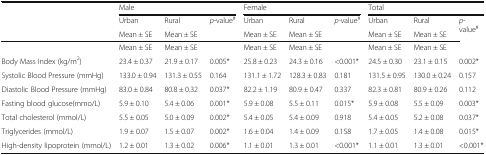
<table><thead><tr><td rowspan="3"></td><td colspan="3"><b>Male</b></td><td colspan="3"><b>Female</b></td><td colspan="3"><b>Total</b></td></tr><tr><td><b>Urban</b></td><td><b>Rural</b></td><td rowspan="2"><b><i>p</i>-value<sup>#</sup></b></td><td><b>Urban</b></td><td><b>Rural</b></td><td rowspan="2"><b><i>p</i>-value<sup>#</sup></b></td><td><b>Urban</b></td><td><b>Rural</b></td><td rowspan="2"><b><i>p</i>-value<sup>#</sup></b></td></tr><tr><td><b>Mean ± SE</b></td><td><b>Mean ± SE</b></td><td><b>Mean ± SE</b></td><td><b>Mean ± SE</b></td><td><b>Mean ± SE</b></td><td><b>Mean ± SE</b></td></tr></thead><tbody><tr><td></td><td>Mean ± SE</td><td>Mean ± SE</td><td></td><td>Mean ± SE</td><td>Mean ± SE</td><td></td><td>Mean ± SE</td><td>Mean ± SE</td><td></td></tr><tr><td>Body Mass Index (kg/m<sup>2</sup>)</td><td>23.4 ± 0.37</td><td>21.9 ± 0.17</td><td>0.005*</td><td>25.8 ± 0.23</td><td>24.3 ± 0.16</td><td>&lt;0.001*</td><td>24.5 ± 0.30</td><td>23.1 ± 0.15</td><td>0.002*</td></tr><tr><td>Systolic Blood Pressure (mmHg)</td><td>133.0 ± 0.94</td><td>131.3 ± 0.55</td><td>0.164</td><td>131.1 ± 1.72</td><td>128.3 ± 0.83</td><td>0.181</td><td>131.5 ± 0.95</td><td>130.0 ± 0.24</td><td>0.157</td></tr><tr><td>Diastolic Blood Pressure (mmHg)</td><td>83.0 ± 0.84</td><td>80.8 ± 0.32</td><td>0.037*</td><td>82.2 ± 1.19</td><td>80.9 ± 0.47</td><td>0.337</td><td>82.3 ± 0.81</td><td>80.9 ± 0.26</td><td>0.112</td></tr><tr><td>Fasting blood glucose(mmo/L)</td><td>5.9 ± 0.10</td><td>5.4 ± 0.06</td><td>0.001*</td><td>5.9 ± 0.08</td><td>5.5 ± 0.11</td><td>0.015*</td><td>5.9 ± 0.08</td><td>5.5 ± 0.09</td><td>0.003*</td></tr><tr><td>Total cholesterol (mmol/L)</td><td>5.5 ± 0.05</td><td>5.0 ± 0.09</td><td>0.002*</td><td>5.4 ± 0.05</td><td>5.4 ± 0.09</td><td>0.918</td><td>5.4 ± 0.05</td><td>5.2 ± 0.08</td><td>0.037*</td></tr><tr><td>Triglycerides (mmol/L)</td><td>1.9 ± 0.07</td><td>1.5 ± 0.07</td><td>0.002*</td><td>1.6 ± 0.04</td><td>1.4 ± 0.09</td><td>0.158</td><td>1.7 ± 0.05</td><td>1.4 ± 0.08</td><td>0.015*</td></tr><tr><td>High-density lipoprotein (mmol/L)</td><td>1.2 ± 0.01</td><td>1.3 ± 0.02</td><td>0.006*</td><td>1.1 ± 0.01</td><td>1.3 ± 0.01</td><td>&lt;0.001*</td><td>1.1 ± 0.01</td><td>1.3 ± 0.01</td><td>&lt;0.001*</td></tr></tbody></table>